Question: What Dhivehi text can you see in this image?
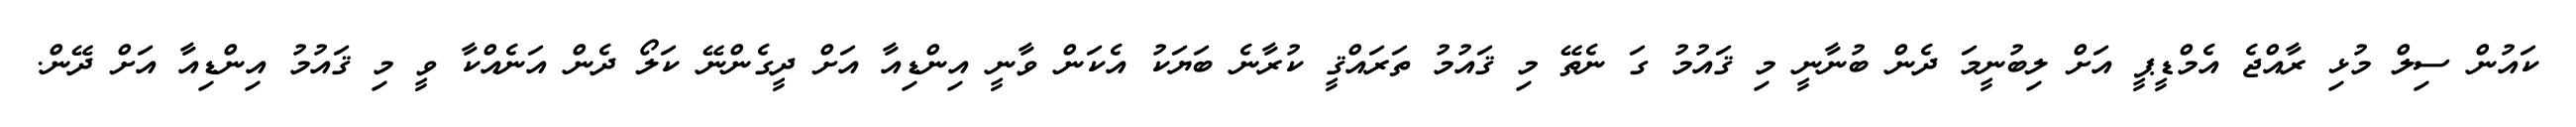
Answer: ކައުން ސިލް މުޅި ރާއްޖެ އެމްޑީޕީ އަށް ލިބުނީމަ ދެން ބުނާނީ މި ޤައުމު ގަ ނެތޭ މި ޤައުމު ތަރައްޤީ ކުރާނެ ބަޔަކު އެކަން ވާނީ އިންޑިއާ އަށް ދީގެންނޭ ކަލޯ ދެން އަނެއްކާ ވީ މި ޤައުމު އިންޑިއާ އަށް ދޭން.